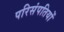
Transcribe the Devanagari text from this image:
परिसंपतियों